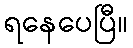
ရနေပေပြီ။